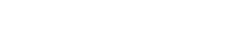
ဘဂဝါ၊ မြတ်စွာဘုရားသည်။